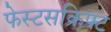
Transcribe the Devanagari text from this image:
फेस्टसक्रिफ्ट